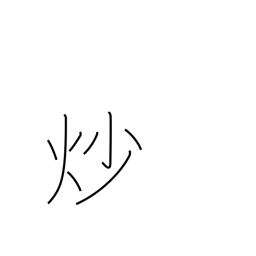
Meaning: roast